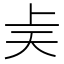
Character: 𫯝